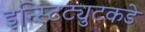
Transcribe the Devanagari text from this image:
इन्स्टिट्युटकडे